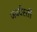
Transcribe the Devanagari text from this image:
जबर्दस्‍ती